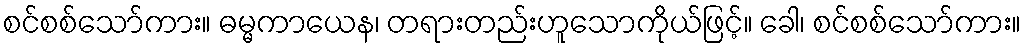
စင်စစ်သော်ကား။ ဓမ္မကာယေန၊ တရားတည်းဟူသောကိုယ်ဖြင့်။ ခေါ၊ စင်စစ်သော်ကား။